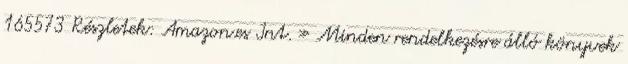
165573 Részletek: Amazon.es Int. » Minden rendelkezésre álló könyvek